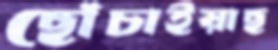
ছোঁচাইয়াছ